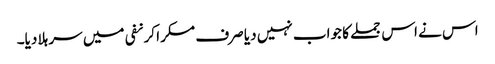
اس نے اس جملے کا جواب نہیں دیا صرف مسکرا کر نفی میں سر ہلا دیا۔